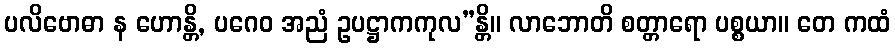
ပလိဗောဓာ န ဟောန္တိ, ပဂေဝ အညံ ဥပဋ္ဌာကကုလ”န္တိ။ လာဘောတိ စတ္တာရော ပစ္စယာ။ တေ ကထံ